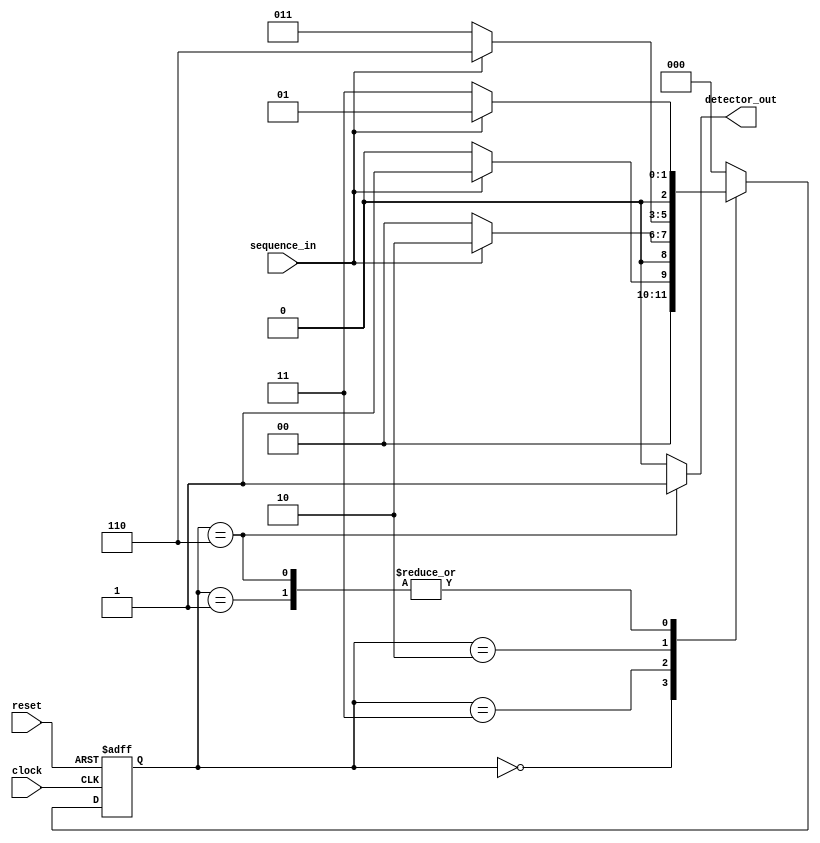
module Sequence_Detector_MOORE_Verilog(sequence_in,clock,reset,detector_out);
input clock; // clock signal
input reset; // reset
input sequence_in; // input
output reg detector_out; // output of the sequence detector
parameter  Zero=3'b000,
           One=3'b001, 
           OneZero=3'b011, 
           OneZeroOne=3'b010,
           OneZeroOneOne=3'b110;
reg [2:0] current_state, next_state; 
  
// sequential memory of the Moore FSM
always @(posedge clock, posedge reset)
begin
 if(reset==1) 
 current_state <= Zero;// when reset=1, reset the state of the FSM to "Zero" State
 else
 current_state <= next_state;
end 
  
// combinational logic of the Moore FSM to determine next state 
always @(current_state,sequence_in)
begin
 case(current_state) 
 Zero:begin
  if(sequence_in==1)
   next_state = One;
  else
   next_state = Zero;
 end
 One:begin
  if(sequence_in==0)
   next_state = OneZero;
  else
   next_state = One;
 end
 OneZero:begin
  if(sequence_in==0)
   next_state = Zero;
  else
   next_state = OneZeroOne;
 end 
 OneZeroOne:begin
  if(sequence_in==0)
   next_state = OneZero;
  else
   next_state = OneZeroOneOne;
 end
 OneZeroOneOne:begin
  if(sequence_in==0)
   next_state = OneZero;
  else
   next_state = One;
 end
 default:next_state = Zero;
 endcase
end
 
// combinational logic to determine the output of the Moore FSM
always @(current_state)
begin 
 case(current_state) 
 Zero:   detector_out = 0;
 One:   detector_out = 0;
 OneZero:  detector_out = 0;
 OneZeroOne:  detector_out = 0;
 OneZeroOneOne:  detector_out = 1;
 default:  detector_out = 0;
 endcase
end 
endmodule